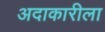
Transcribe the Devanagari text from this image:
अदाकारीला